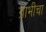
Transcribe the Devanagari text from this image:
ग्राभीचा